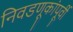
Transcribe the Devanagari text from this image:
निवडणूकांपूर्वी